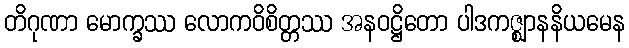
တိဂုဏာ မောက္ခဿ လောကဝိစိတ္တဿ အနဝဋ္ဌိတော ပါဒကဇ္ဈာနနိယမေန